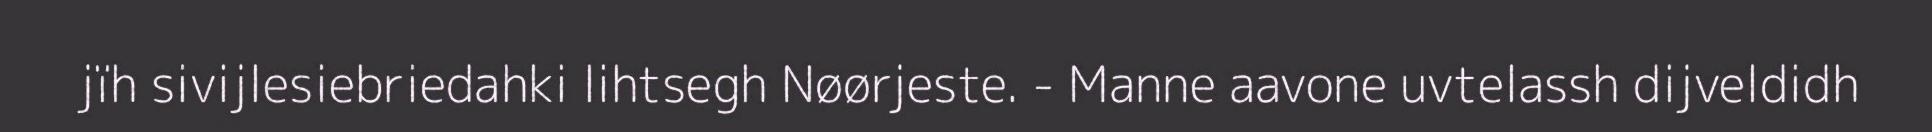
jïh sivijlesiebriedahki lihtsegh Nøørjeste. - Manne aavone uvtelassh dijveldidh